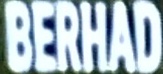
BERHAD